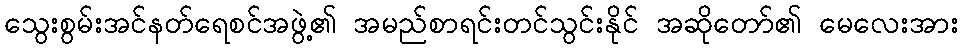
သွေးစွမ်းအင်နတ်ရေစင်အဖွဲ့၏ အမည်စာရင်းတင်သွင်းနိုင် အဆိုတော်၏ မေလေးအား